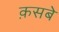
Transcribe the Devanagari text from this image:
क़सबे